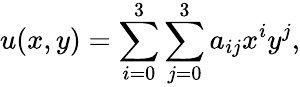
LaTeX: u(x,y)=\sum_{i=0}^{3}\sum_{j=0}^{3}a_{ij}x^{i}y^{j},